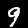
Label: 9